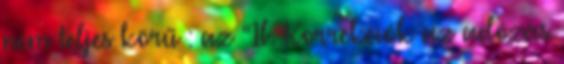
nem teljes körű : az “1b. Korrekciók az adózás